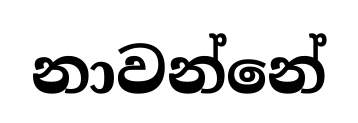
නාවන්නේ